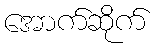
အောက်ဆိုက်